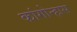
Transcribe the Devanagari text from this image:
कांगोन्हास